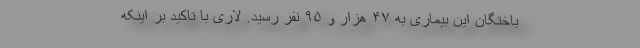
باختگان این بیماری به ۴۷ هزار و ۹۵ نفر رسید. لاری با تاکید بر اینکه